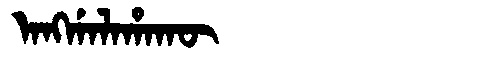
Manchu: ᠠᠩᡤᠠᠯᠠᡥᠠᡴᡡ
Romanization: ANGGALAHAKŪ